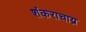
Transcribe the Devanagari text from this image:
शंकराचाय्र